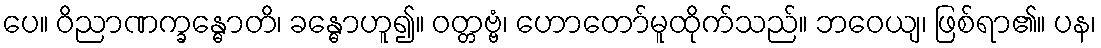
ပေ။ ဝိညာဏက္ခန္ဓောတိ၊ ခန္ဓောဟူ၍။ ဝတ္တဗ္ဗံ၊ ဟောတော်မူထိုက်သည်။ ဘဝေယျ၊ ဖြစ်ရာ၏။ ပန၊